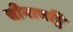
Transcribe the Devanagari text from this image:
चीनाचट्टि